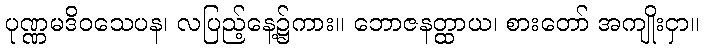
ပုဏ္ဏမဒိဝသေပန၊ လပြည့်နေ့၌ကား။ ဘောဇနတ္ထာယ၊ စားတော် အကျိုးငှာ။